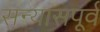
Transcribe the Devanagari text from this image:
सन्यासपूर्व